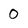
Character: 0